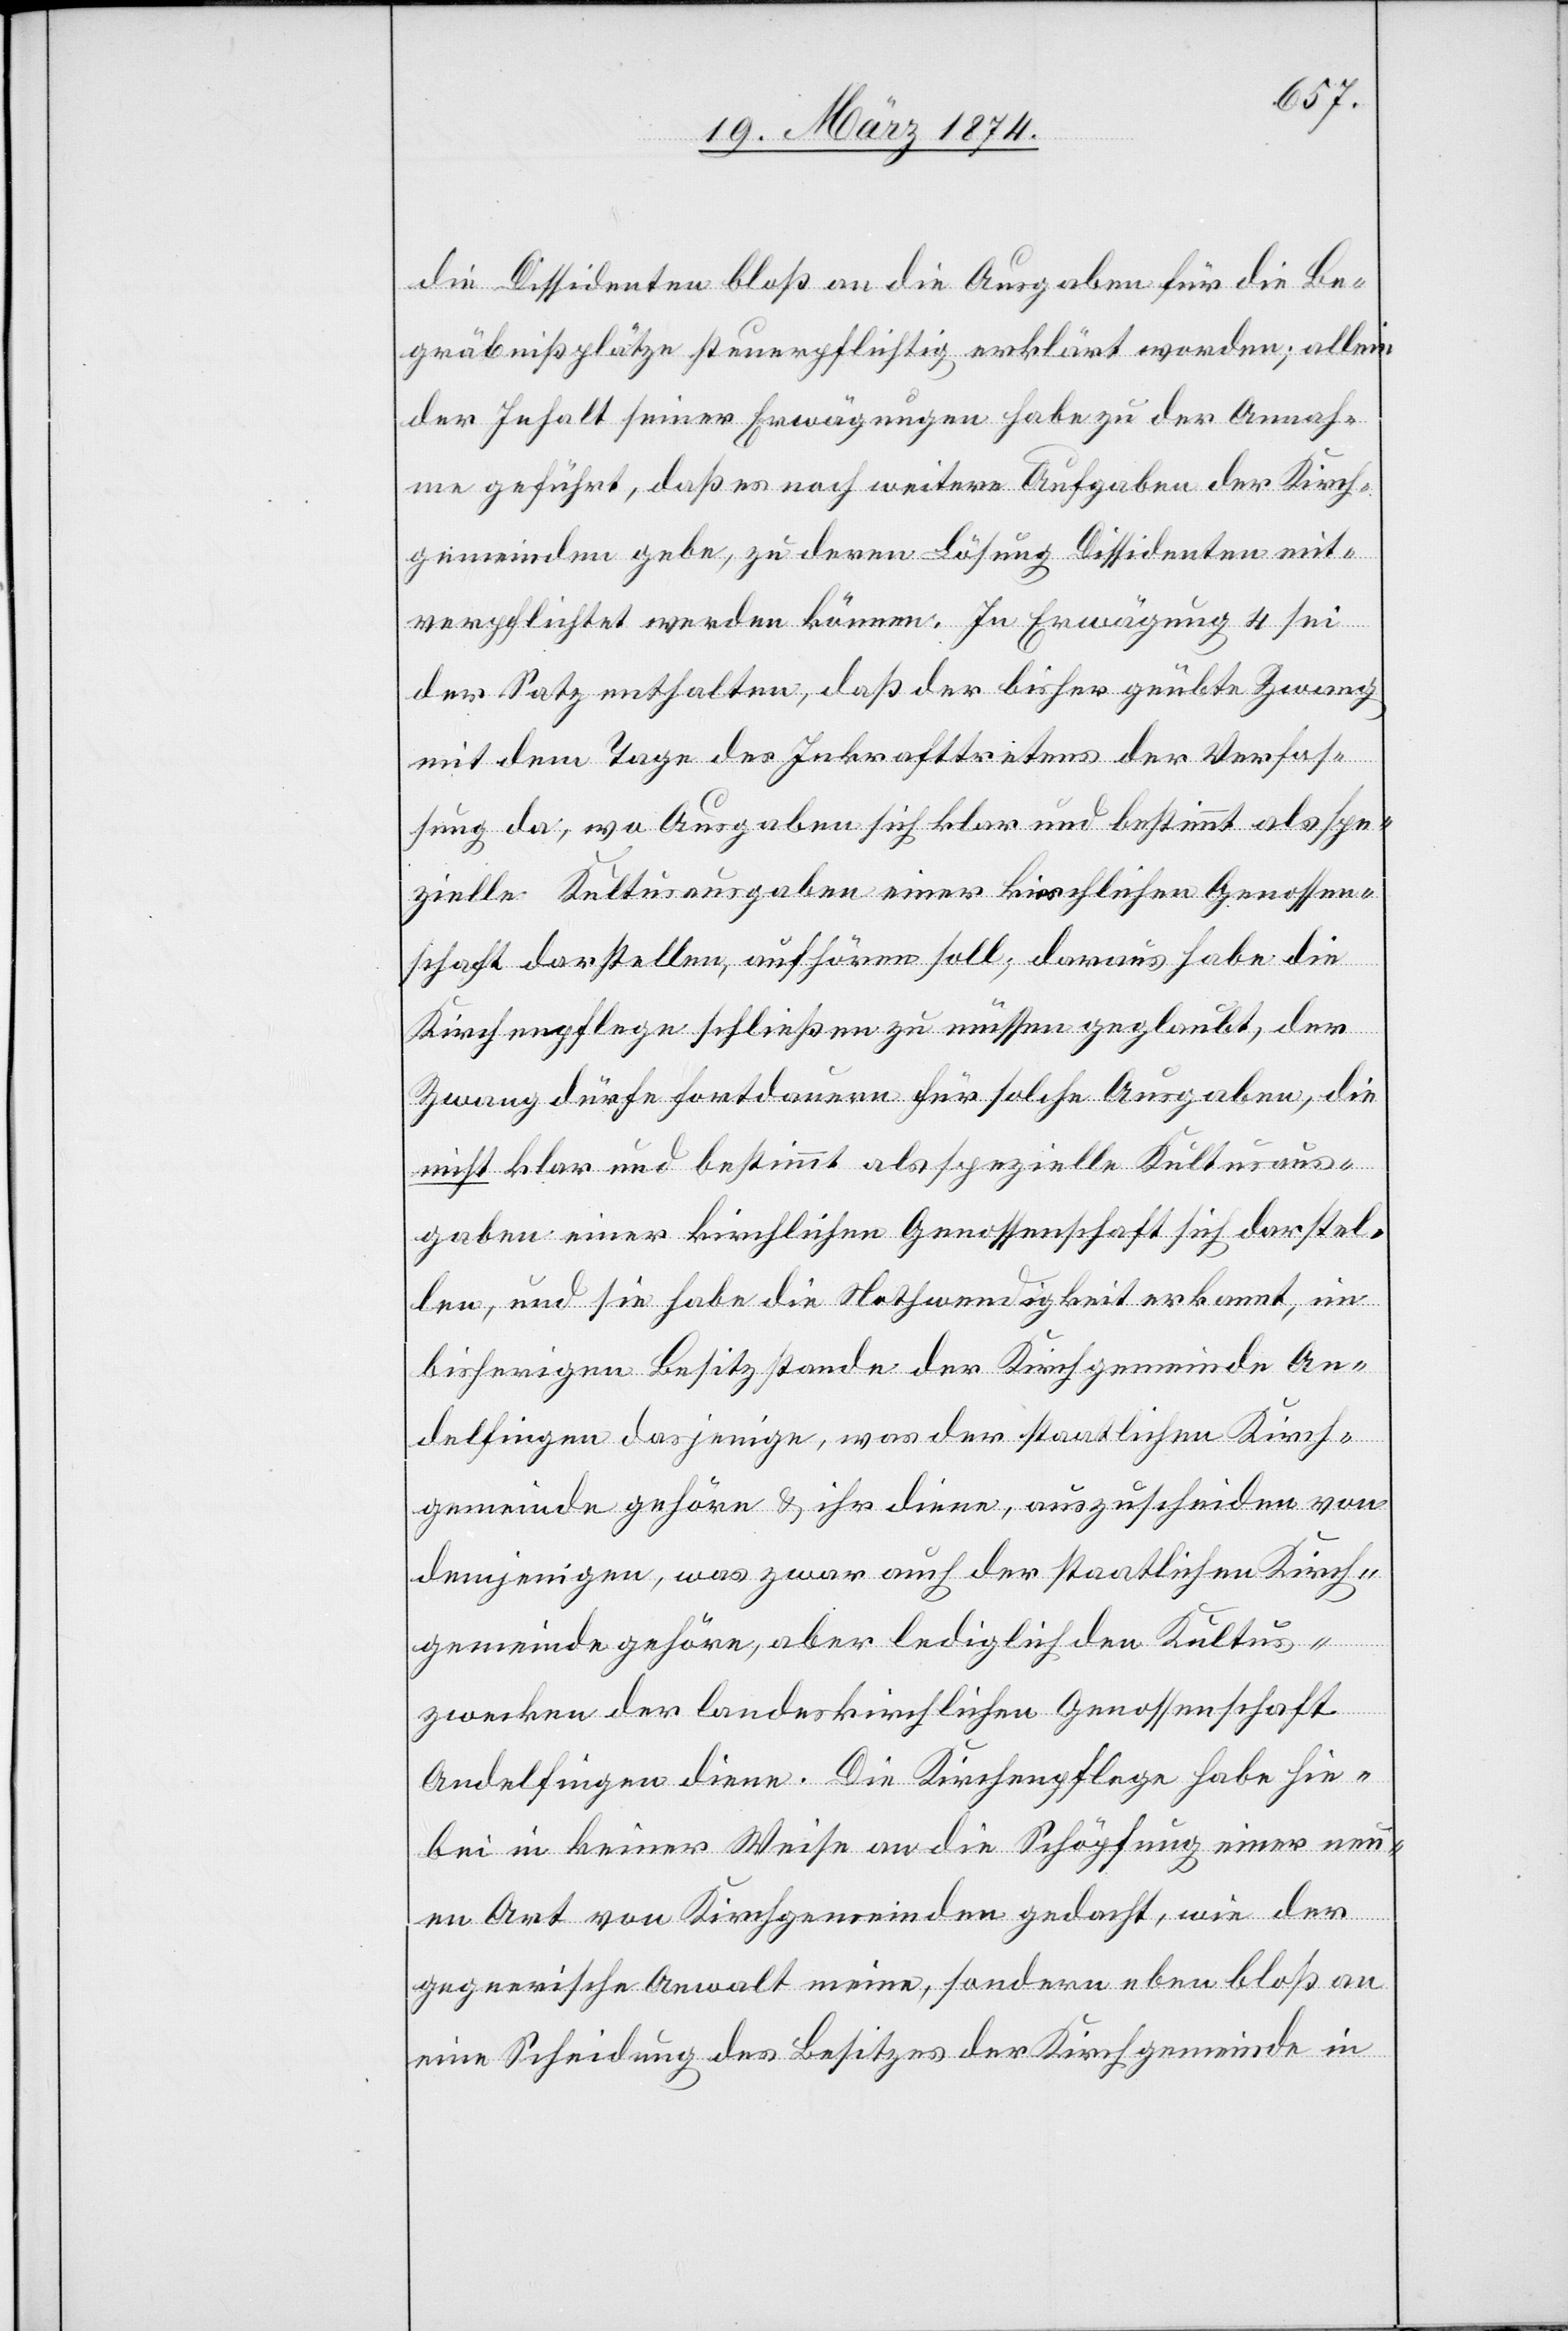
die Dissidenten bloß an die Ausgaben für die Be¬
gräbnißplätze steuerpflichtig erklärt worden; allein
der Inhalt seiner Erwägungen habe zu der Annah¬
me geführt, daß es noch weitere Aufgaben der Kirch¬
gemeinden gebe, zu deren Lösung Dissidenten mit¬
verpflichtet werden können. In Erwägung 4 sei
der Satz enthalten, daß der bisher geübte Zwang
mit dem Tage des Inkrafttretens der Verfas¬
sung da, wo Ausgaben sich klar und bestimmt als spe¬
zielle Kultusausgaben einer kirchlichen Genossen¬
schaft darstellen, aufhören soll, daraus habe die
Kirchenpflege schließen zu müssen geglaubt, der
Zwang dürfe fortdauern für solche Ausgaben, die
nicht klar und bestimmt als spezielle Kulturaus¬
gaben einer kirchlichen Genossenschaft sich darstel¬
len, und sie habe die Nothwendigkeit erkannt, im
bisherigen Besitzstande der Kirchgemeinde An¬
delfingen dasjenige, was der staatlichen Kirch¬
gemeinde gehöre u. ihr diene, auszuscheiden von
demjenigen, was zwar auch der staatlichen Kirch¬
gemeinde gehöre, aber lediglich den Kultus¬
zwecken der landeskirchlichen Genossenschaft
Andelfingen diene. Die Kirchenpflege habe hie¬
bei in keiner Weise an die Schöpfung einer neu¬
en Art von Kirchgemeinden gedacht, wie der
gegnerische Anwalt meine, sondern eben bloß an
eine Scheidung des Besitzes der Kirchgemeinde in